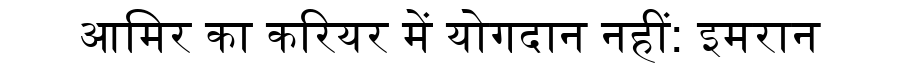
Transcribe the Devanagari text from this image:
आमिर का करियर में योगदान नहीं: इमरान